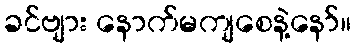
ခင်ဗျား နောက်မကျစေနဲ့နော်။